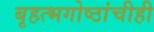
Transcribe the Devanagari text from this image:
बृहत्भगोष्ठांचीही